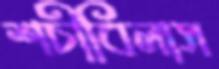
শচীবিলাস